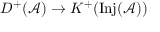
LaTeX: D ^ { + } ( { \mathcal { A } } ) \rightarrow K ^ { + } ( \mathrm { I n j } ( { \mathcal { A } } ) )